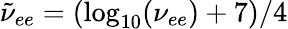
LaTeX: \tilde{\nu}_{ee}=\left(\log_{10}(\nu_{ee})+7\right)/4